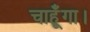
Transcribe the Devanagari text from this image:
चाहूँगा।